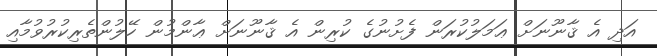
އަދި އެ ޤާނޫނަށް ޢަމަލުކުރަން ފެށުނުގެ ކުރިން އެ ޤާނޫނަށް ޢާންމުން ހޭލުންތެރިކުރުވުމާއި